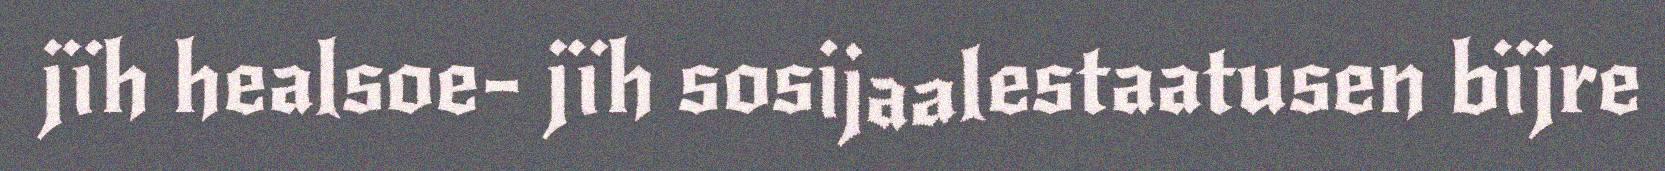
jïh healsoe- jïh sosijaalestaatusen bïjre